Punjab Mental Hospital Lahore 1922-31 - 1922-1931
Year: 1922
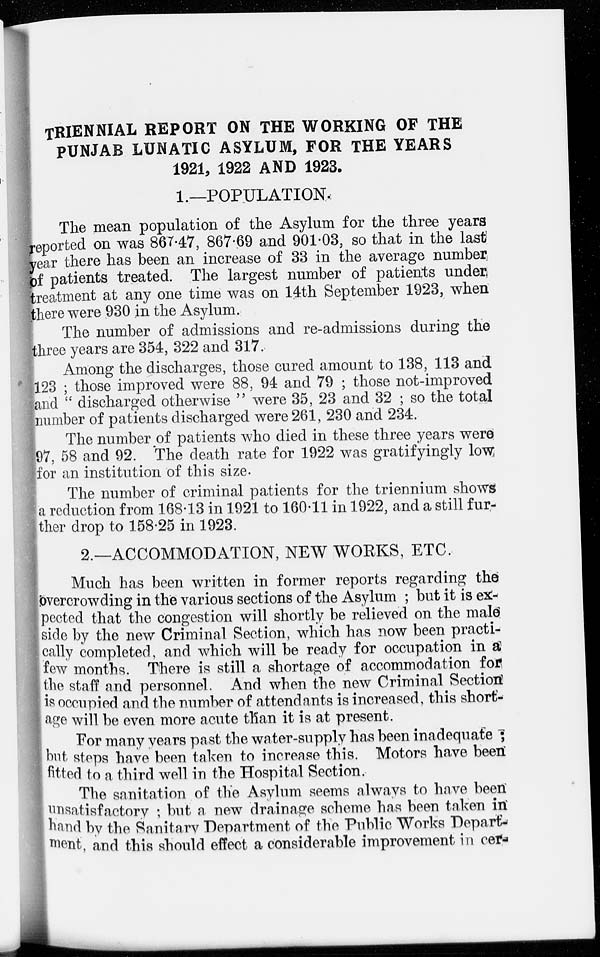
TRIENNIAL REPORT ON THE WORKING OF THE
PUNJAB LUNATIC ASYLUM, FOR THE YEARS
1921, 1922 AND 1923.
1. —POPULATION.
The mean population of the Asylum for the three years
reported on was 867.47, 867.69 and 901.03, so that in the last
year there has been an increase of 33 in the average number
of patients treated. The largest number of patients under
treatment at any one time was on 14th September 1923, when
there were 930 in the Asylum.
The number of admissions and re-admissions during the
three years are 354, 322 and 317.
Among the discharges, those cured amount to 138, 113 and
123 ; those improved were 88, 94 and 79 ; those not-improved
and " discharged otherwise " were 35, 23 and 32 ; so the total
number of patients discharged were 261, 230 and 234.
The number of patients who died in these three years were
97, 58 and 92. The death rate for 1922 was gratifyingly low
for an institution of this size.
The number of criminal patients for the triennium shows
a reduction from 168.13 in 1921 to 160.11 in 1922, and a still fur-
ther drop to 158.25 in 1923.
2.—ACCOMMODATION, NEW WORKS, ETC.
Much has been written in former reports regarding the
overcrowding in the various sections of the Asylum ; but it is ex-
pected that the congestion will shortly be relieved on the male
side by the new Criminal Section, which has now been practi-
cally completed, and which will be ready for occupation in a
few months. There is still a shortage of accommodation for
the staff and personnel. And when the new Criminal Section
is occupied and the number of attendants is increased, this short-
age will be even more acute than it is at present.
For many years past the water-supply has been inadequate ;
but steps have been taken to increase this. Motors have been
fitted to a third well in the Hospital Section.
The sanitation of the Asylum seems always to have been
unsatisfactory ; but a new drainage scheme has been taken in
hand by the Sanitary Department of the Public Works Depart-
ment, and this should effect a considerable improvement in cer-